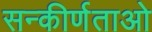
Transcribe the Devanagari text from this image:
सन्कीर्णताओ